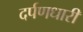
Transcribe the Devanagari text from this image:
दर्पणधारी